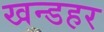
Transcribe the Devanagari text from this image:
खन्डहर